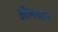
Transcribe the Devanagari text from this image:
ऑगस्टन